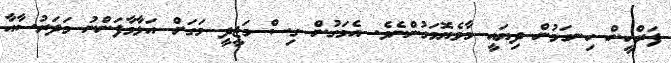
ފަރްހީން ހިނގަމުން ދިޔައީ މާވެޔޮމަގުންނެވެ. އެމަގުން ގިސް މަޖީދީ މަގަށް އަޅާމާފަންނު މަދަރުސާއާ